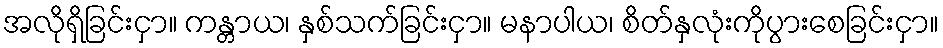
အလိုရှိခြင်းငှာ။ ကန္တာယ၊ နှစ်သက်ခြင်းငှာ။ မနာပါယ၊ စိတ်နှလုံးကိုပွားစေခြင်းငှာ။